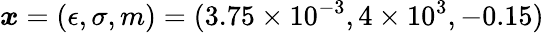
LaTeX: \displaystyle\boldsymbol{x}=(\epsilon,\sigma,m)=(3.75\times 10^{-3},4\times 10^{3},-0.15)